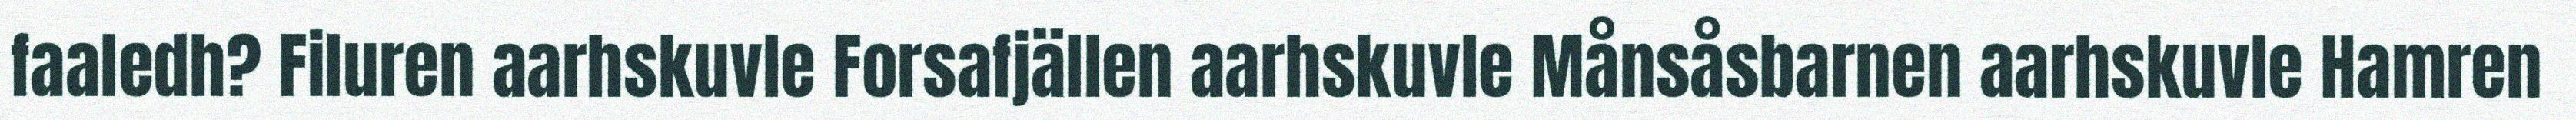
faaledh? Filuren aarhskuvle Forsafjällen aarhskuvle Månsåsbarnen aarhskuvle Hamren